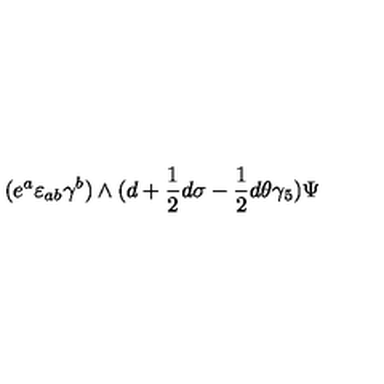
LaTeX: ( e ^ { a } \varepsilon _ { a b } \gamma ^ { b } ) \wedge ( d + { \frac { 1 } { 2 } } d \sigma - { \frac { 1 } { 2 } } d \theta \gamma _ { 5 } ) \Psi